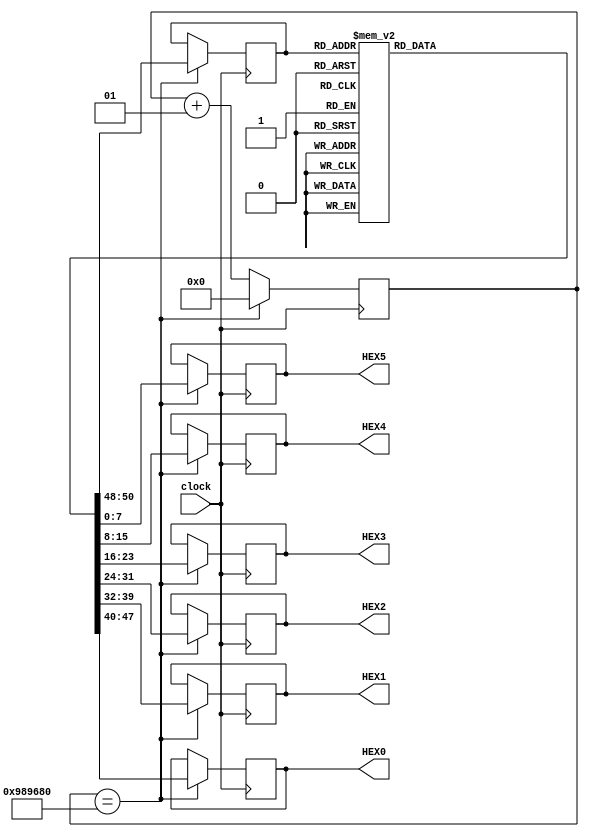
module Go(clock, HEX0, HEX1, HEX2, HEX3, HEX4, HEX5);
	input clock;
	output reg [7:0] HEX0, HEX1, HEX2, HEX3, HEX4, HEX5;
	reg [2:0] state;
	initial state=3'b000;
	integer counter;
	
	parameter G=8'b10000010;
	parameter O=8'b11000000;
	parameter B=8'b10000000;
	parameter U=8'b11000001;
	parameter F=8'b10001110;
	parameter S=8'b10010010;
	parameter space=8'b11111111;
	
	always@(posedge clock)
		if (counter == 10000000) begin
		case(state)
			3'b000: begin
				HEX5=G;
				HEX4=O;
				HEX3=space;
				HEX2=B;
				HEX1=U;
				HEX0=F;
				state=3'b001;
			end
			3'b001: begin
				HEX5=O;
				HEX4=space;
				HEX3=B;
				HEX2=U;
				HEX1=F;
				HEX0=F;
				state=3'b0010;
			end
			3'b010: begin
				HEX5=space;
				HEX4=B;
				HEX3=U;
				HEX2=F;
				HEX1=F;
				HEX0=S;
				state=3'b011;
			end
			3'b011: begin
				HEX5=B;
				HEX4=U;
				HEX3=F;
				HEX2=F;
				HEX1=S;
				HEX0=space;
				state=3'b100;
			end
			3'b100: begin
				HEX5=U;
				HEX4=F;
				HEX3=F;
				HEX2=S;
				HEX1=space;
				HEX0=space;
				state=3'b101;
			end
			3'b101: begin
				HEX5=F;
				HEX4=F;
				HEX3=S;
				HEX2=space;
				HEX1=space;
				HEX0=space;
				state=3'b110;
			end
			3'b110: begin
				HEX5=F;
				HEX4=S;
				HEX3=space;
				HEX2=space;
				HEX1=space;
				HEX0=space;
				state=3'b111;
			end
			3'b111: begin
				HEX5=S;
				HEX4=space;
				HEX3=space;
				HEX2=space;
				HEX1=space;
				HEX0=space;
				state=3'b000;
			end
		endcase
		counter=0;
		end else begin
			counter=counter+1;
		end
		
endmodule